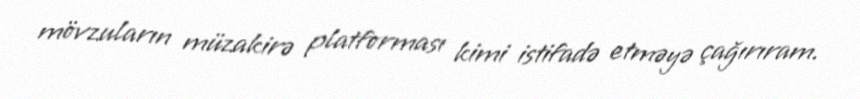
mövzuların müzakirə platforması kimi istifadə etməyə çağırıram.